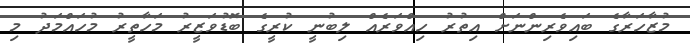
މުޒާހަރާގެ ބައިވެރިންނަށް އިތުރު ހިއްވަރެއް ލިބުނީ ކުރީގެ ބޮޑުވަޒީރު މަހާތީރު މުހައްމަދު މި